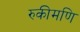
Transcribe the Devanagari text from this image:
रुकीमणि